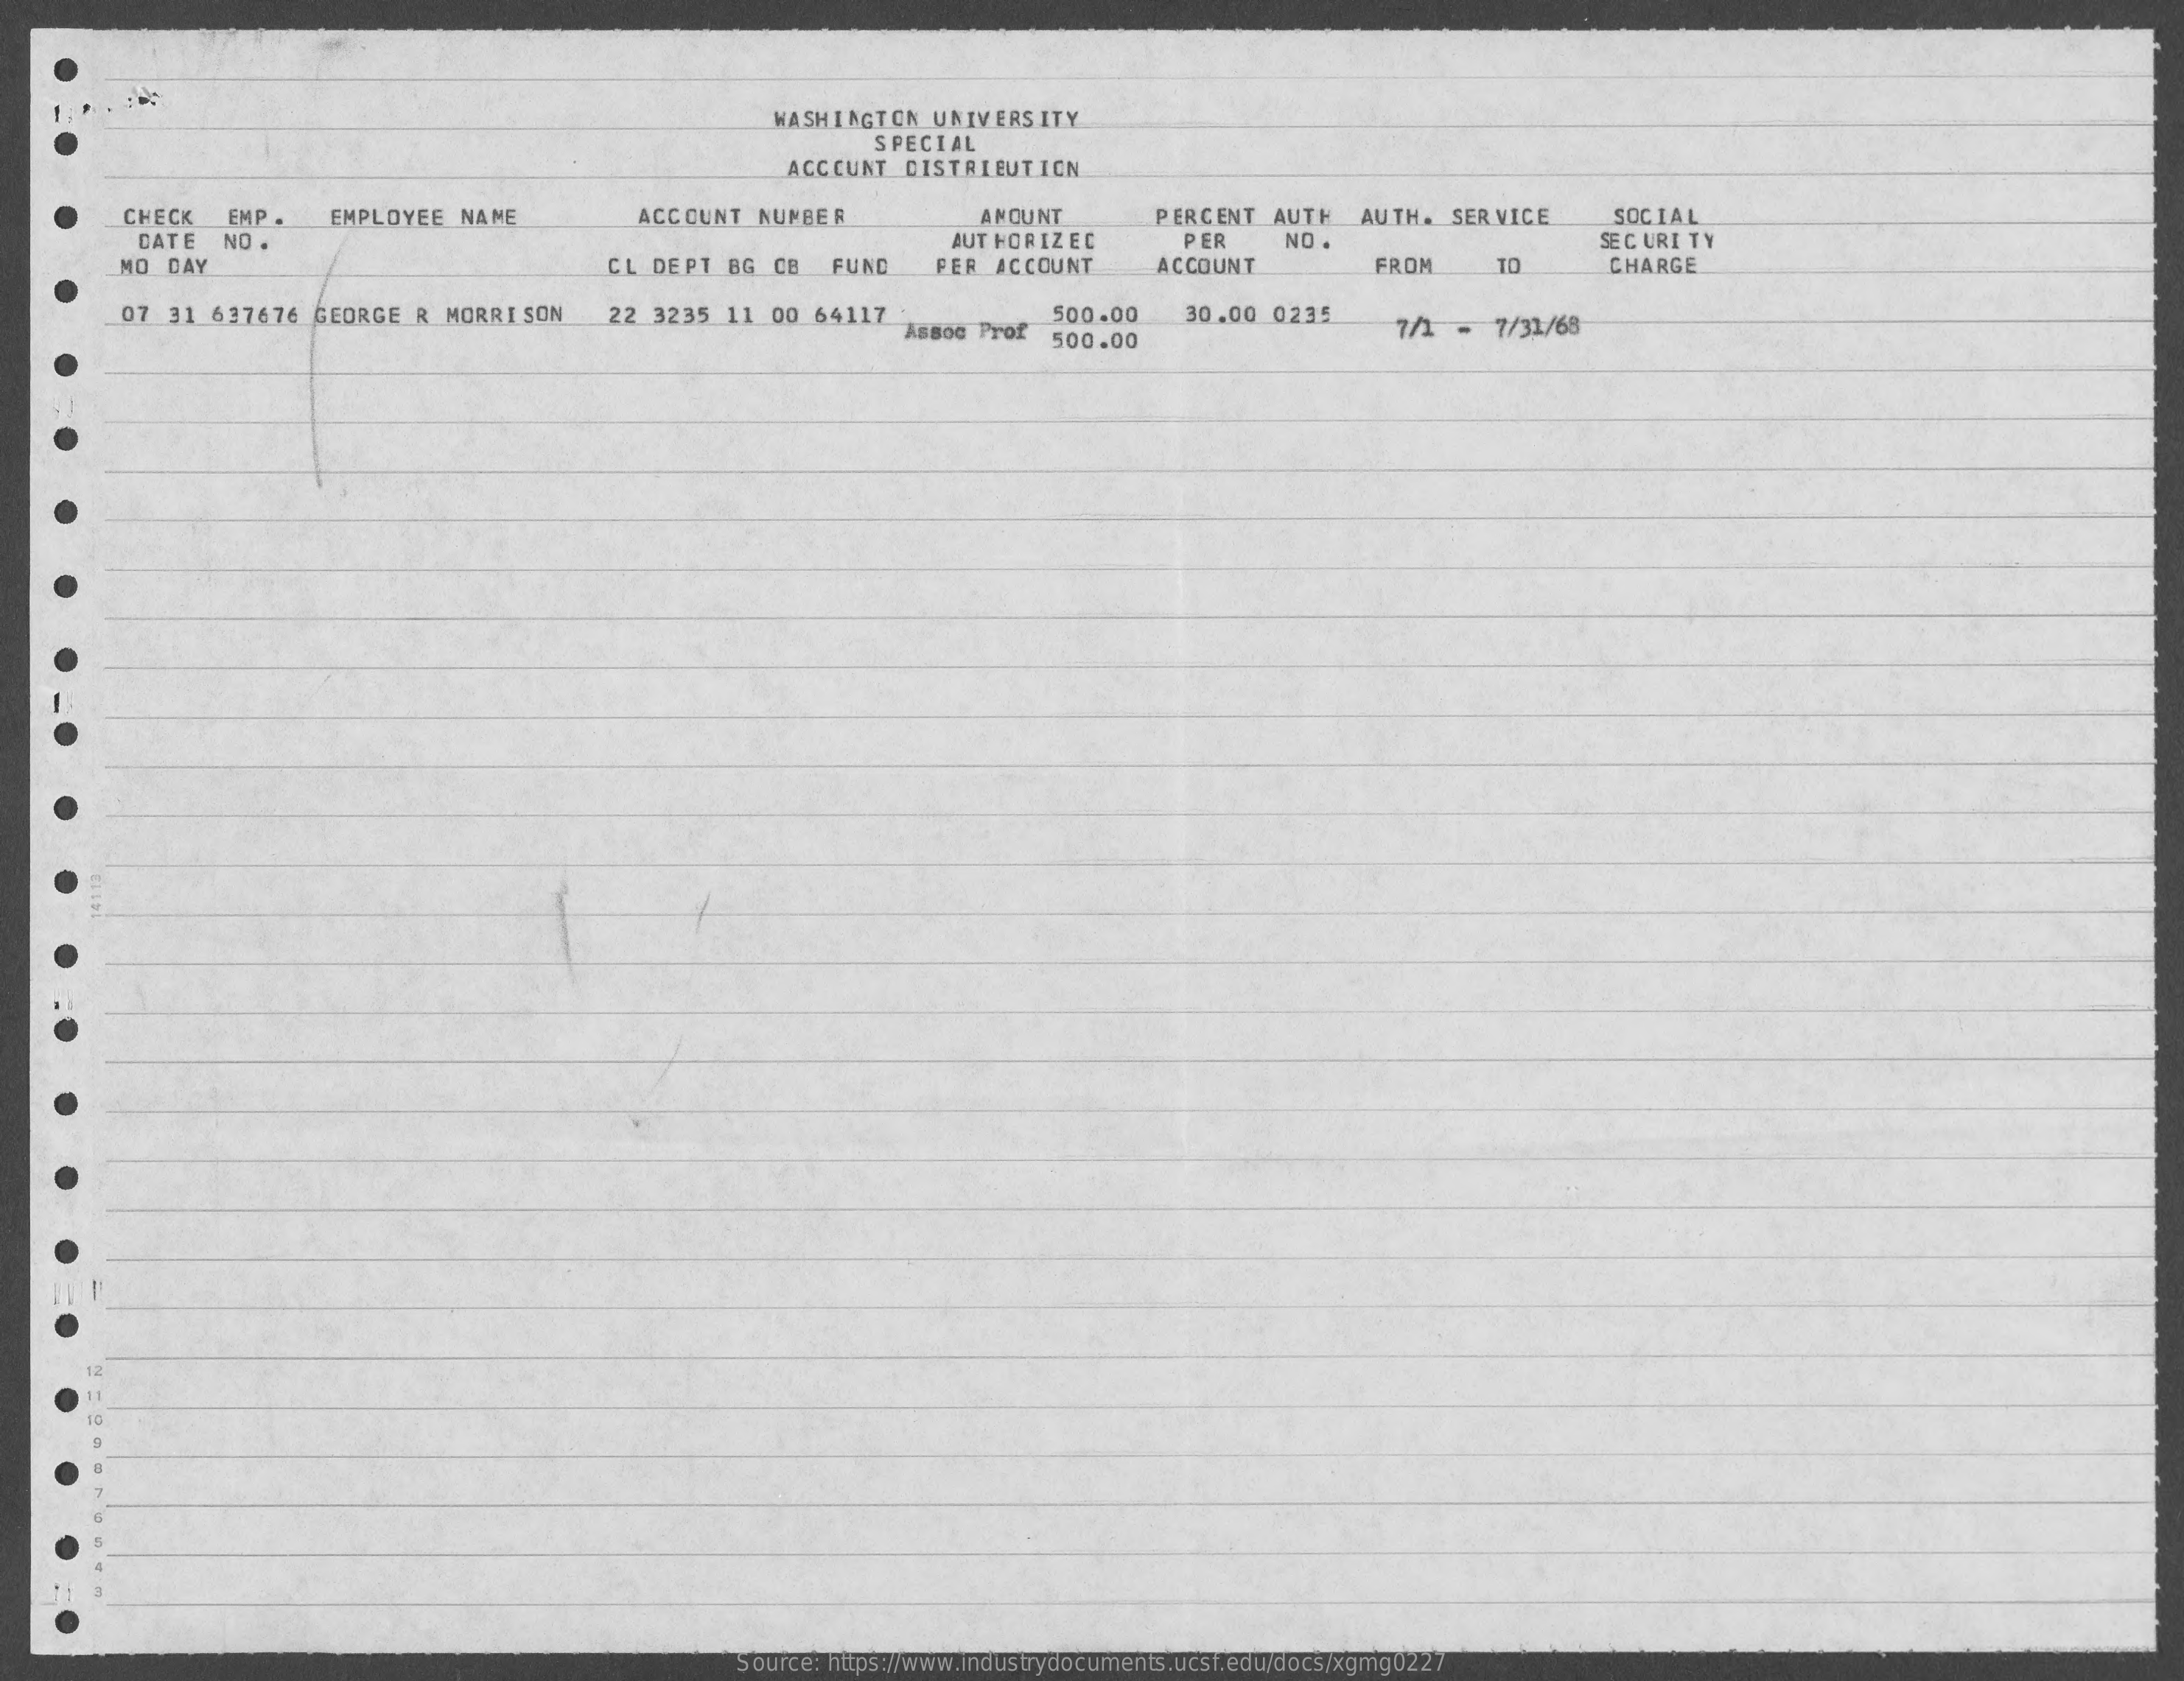
WASHINGTON UNIVERSITY
     SPECIAL
     ACCOUNT DISTRIBUTION
     CHECK EMP .
     DATE NO .
     EMPLOYEE NAME ACCOUNT NUMBER AMOUNT PERCENT AUTH AUTH. SERVICE SOCIAL
     AUT HORIZ EC PER NO .    SECURITY
     MO DAY    CL DEPT BG CB FUND PER ACCOUNT ACCOUNT FROM TO CHARGE
     07 31 637676 GEORGE R MORRISON 22 3235 11 00 64117 Assoc Prof
     500.00 30.00 0235
     500.00    7/1 - 7/31/68
    12
     Source: https://www.industrydocuments.ucsf.edu/docs/xgmg0227